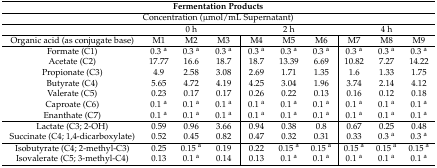
<table><thead><tr><td colspan="10"><b>Fermentation Products</b></td></tr></thead><tbody><tr><td colspan="10">Concentration (μmol/mL Supernatant)</td></tr><tr><td></td><td colspan="3">0 h</td><td colspan="3">2 h</td><td colspan="3">4 h</td></tr><tr><td>Organic acid (as conjugate base)</td><td>M1</td><td>M2</td><td>M3</td><td>M4</td><td>M5</td><td>M6</td><td>M7</td><td>M8</td><td>M9</td></tr><tr><td>Formate (C1)</td><td>0.3 <sup>a</sup></td><td>0.3 <sup>a</sup></td><td>0.3 <sup>a</sup></td><td>0.3 <sup>a</sup></td><td>0.3 <sup>a</sup></td><td>0.3 <sup>a</sup></td><td>0.3 <sup>a</sup></td><td>0.3 <sup>a</sup></td><td>0.3 <sup>a</sup></td></tr><tr><td>Acetate (C2)</td><td>17.77</td><td>16.6</td><td>18.7</td><td>18.7</td><td>13.39</td><td>6.69</td><td>10.82</td><td>7.27</td><td>14.22</td></tr><tr><td>Propionate (C3)</td><td>4.9</td><td>2.58</td><td>3.08</td><td>2.69</td><td>1.71</td><td>1.35</td><td>1.6</td><td>1.33</td><td>1.75</td></tr><tr><td>Butyrate (C4)</td><td>5.65</td><td>4.72</td><td>4.19</td><td>4.25</td><td>3.04</td><td>1.96</td><td>3.74</td><td>2.14</td><td>4.12</td></tr><tr><td>Valerate (C5)</td><td>0.23</td><td>0.17</td><td>0.17</td><td>0.26</td><td>0.22</td><td>0.13</td><td>0.16</td><td>0.12</td><td>0.18</td></tr><tr><td>Caproate (C6)</td><td>0.1 <sup>a</sup></td><td>0.1 <sup>a</sup></td><td>0.1 <sup>a</sup></td><td>0.1 <sup>a</sup></td><td>0.1 <sup>a</sup></td><td>0.1 <sup>a</sup></td><td>0.1 <sup>a</sup></td><td>0.1 <sup>a</sup></td><td>0.1 <sup>a</sup></td></tr><tr><td>Enanthate (C7)</td><td>0.1 <sup>a</sup></td><td>0.1 <sup>a</sup></td><td>0.1 <sup>a</sup></td><td>0.1 <sup>a</sup></td><td>0.1 <sup>a</sup></td><td>0.1 <sup>a</sup></td><td>0.1 <sup>a</sup></td><td>0.1 <sup>a</sup></td><td>0.1 <sup>a</sup></td></tr><tr><td>Lactate (C3; 2-OH)</td><td>0.59</td><td>0.96</td><td>3.66</td><td>0.94</td><td>0.38</td><td>0.8</td><td>0.67</td><td>0.25</td><td>0.48</td></tr><tr><td>Succinate (C4; 1,4-dicarboxylate)</td><td>0.52</td><td>0.45</td><td>0.82</td><td>0.47</td><td>0.32</td><td>0.31</td><td>0.33</td><td>0.3 <sup>a</sup></td><td>0.3 <sup>a</sup></td></tr><tr><td>Isobutyrate (C4; 2-methyl-C3)</td><td>0.25</td><td>0.15 <sup>a</sup></td><td>0.19</td><td>0.22</td><td>0.15 <sup>a</sup></td><td>0.15 <sup>a</sup></td><td>0.15 <sup>a</sup></td><td>0.15 <sup>a</sup></td><td>0.15 <sup>a</sup></td></tr><tr><td>Isovalerate (C5; 3-methyl-C4)</td><td>0.13</td><td>0.1 <sup>a</sup></td><td>0.14</td><td>0.13</td><td>0.1 <sup>a</sup></td><td>0.1 <sup>a</sup></td><td>0.1 <sup>a</sup></td><td>0.1 <sup>a</sup></td><td>0.1 <sup>a</sup></td></tr></tbody></table>